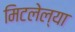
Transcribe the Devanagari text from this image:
मिटलेल्या